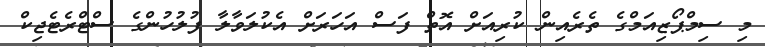
މި ސިމްޕޯޒިއަމްގެ ތެރެއިން ކުރިއަށް އޮތް ފަސް އަހަރަށް އެކުލަވާލާ ފުލުހުންގެ ސްޓްރެޓެޖިކް